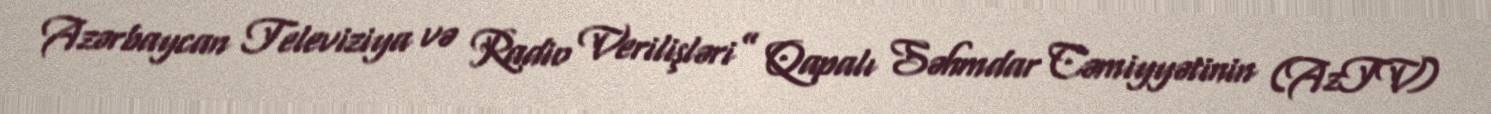
Azərbaycan Televiziya və Radio Verilişləri” Qapalı Səhmdar Cəmiyyətinin (AzTV)